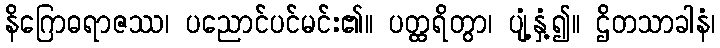
နိဂြောဓရာဇဿ၊ ပညောင်ပင်မင်း၏။ ပတ္ထရိတွာ၊ ပျံ့နှံ့၍။ ဌိတသာခါနံ၊